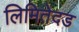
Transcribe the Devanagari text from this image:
लिमितेदड